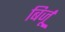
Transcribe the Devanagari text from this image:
बिर्जू